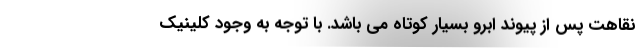
نقاهت پس از پیوند ابرو بسیار کوتاه می باشد. با توجه به وجود کلینیک